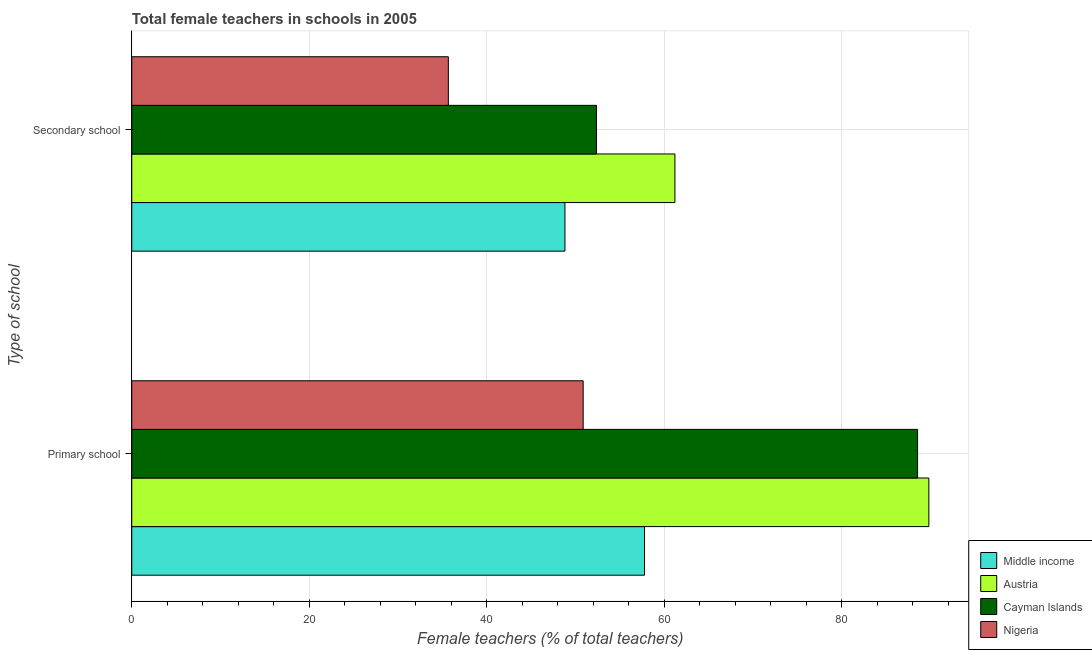
| Type of school | Middle income | Austria | Cayman Islands | Nigeria |
 | --- | --- | --- | --- | --- |
 | Primary school | 57.8 | 89.8 | 88.5 | 50.9 |
 | Secondary school | 48.8 | 61.2 | 52.4 | 35.7 |